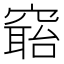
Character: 𥧺